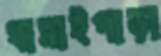
ধামাইপাড়া